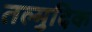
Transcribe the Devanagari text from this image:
तल्मुदिक